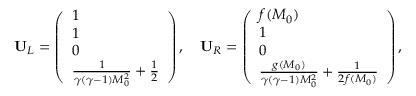
\mathbf { U } _ { L } = \left( \begin{array} { l } { 1 } \\ { 1 } \\ { 0 } \\ { \frac { 1 } { \gamma ( \gamma - 1 ) M _ { 0 } ^ { 2 } } + \frac { 1 } { 2 } } \end{array} \right) , \quad \mathbf { U } _ { R } = \left( \begin{array} { l } { f ( M _ { 0 } ) } \\ { 1 } \\ { 0 } \\ { \frac { g ( M _ { 0 } ) } { \gamma ( \gamma - 1 ) M _ { 0 } ^ { 2 } } + \frac { 1 } { 2 f ( M _ { 0 } ) } } \end{array} \right) ,